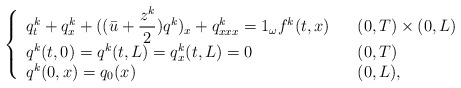
\begin{align*}\left\{\begin{array}[c]{lll}q_{t}^{k}+ q_x^k + ( ( \bar{u}+\dfrac{z^{k}}{2}) q^{k})_{x}+q_{xxx}^{k}=1_{\omega}f^{k}( t,x) & & (0,T) \times( 0,L) \\q^{k}( t,0) =q^{k}( t,L) =q_{x}^{k}( t,L) =0 & & ( 0,T) \\q^{k}( 0,x) =q_{0}( x) & & ( 0,L) ,\end{array}\right. \end{align*}